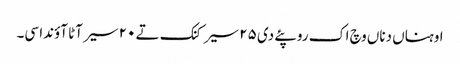
اوہناں دناں وچ اک روپئے دی ٢٥ سیر کنک تے ٢٠ سیر آٹا آؤندا سی۔